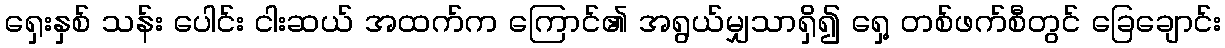
ရှေးနှစ် သန်း ပေါင်း ငါးဆယ် အထက်က ကြောင်၏ အရွယ်မျှသာရှိ၍ ရှေ့ တစ်ဖက်စီတွင် ခြေချောင်း